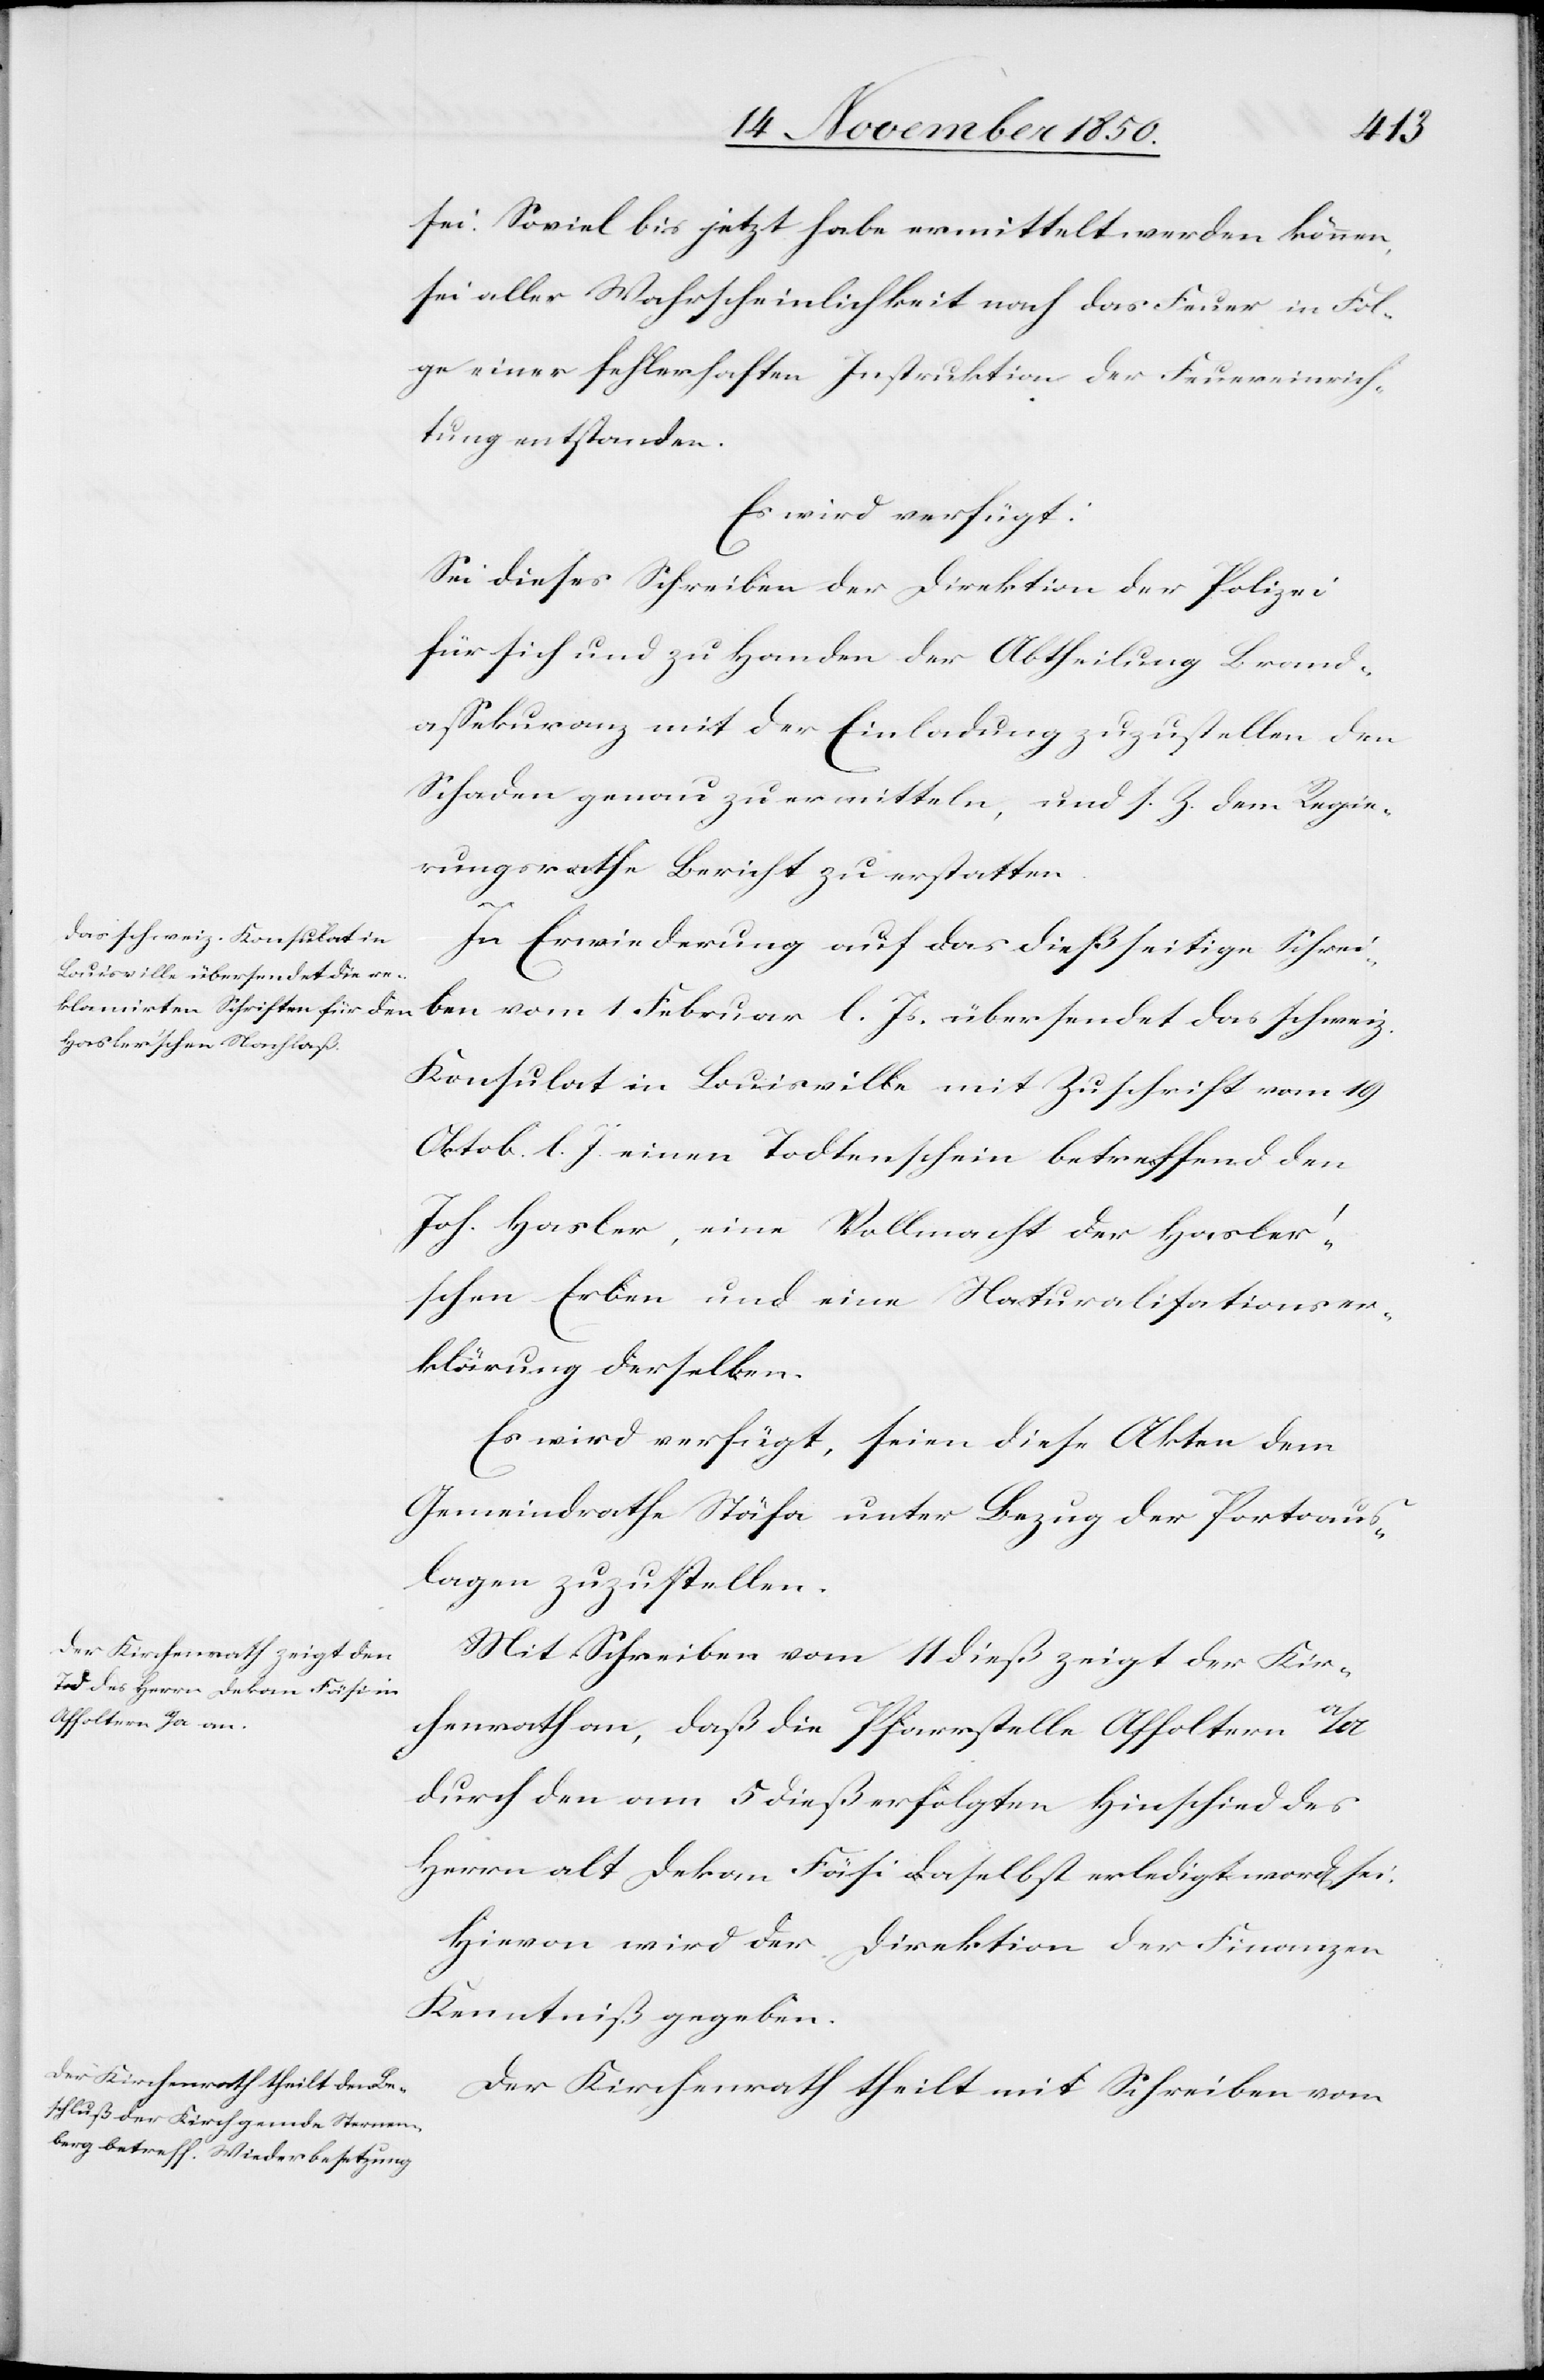
15 November 1850.]
sei. Soviel bis jetzt habe ermittelt werden können,
sei aller Wahrscheinlichkeit nach das Feuer in Fol¬
ge einer fehlerhaften Instruktion der Feuereinrich¬
tung entstanden.
Es wird verfügt:
Sei dieses Schreiben der Direktion der Polizei
für sich und zu Handen der Abtheilung Brand¬
assekuranz mit der Einladung zuzustellen den
Schaden genau zu ermitteln, und s. Z. dem Regie¬
rungsrathe Bericht zu erstatten.
In Erwiederung auf das dießseitige Schrei¬
ben vom 1 Februar l. Js. übersendet das schweiz.
Konsulat in Louisville mit Zuschrift vom 19
Oktob. l. J. einen Todtenschein betreffend den
Joh. Hasler, eine Vollmacht der Hasler’s¬
chen Erben und eine Naturalisationser¬
klärung derselben.
Es wird verfügt, seien diese Akten dem
Gemeindrathe Stäfa unter Bezug der Portoaus¬
lagen zuzustellen.
Mit Schreiben vom 11 dieß zeigt der Kir¬
chenrath an, daß die Pfarrstelle Affoltern a/A
durch den am 5 dieß erfolgten Hinschied des
Herrn alt Dekan Fäsi daselbst erledigt word[en] sei.
Hievon wird der Direktion der Finanzen
Kenntniß gegeben.
Der Kirchenrath theilt mit Schreiben vom